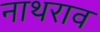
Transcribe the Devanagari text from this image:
नाथराव